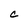
Character: c